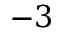
- 3